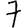
Digit: 7